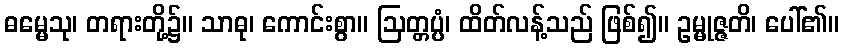
ဓမ္မေသု၊ တရားတို့၌။ သာဓု၊ ကောင်းစွာ။ ဩတ္တပ္ပံ၊ ထိတ်လန့်သည် ဖြစ်၍။ ဥမ္မုဇ္ဇတိ၊ ပေါ်၏။